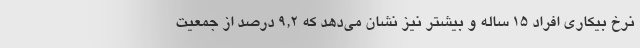
نرخ بیکاری افراد ١٥ ساله و بیشتر نیز نشان می‌دهد که ٩,٢ درصد از جمعیت